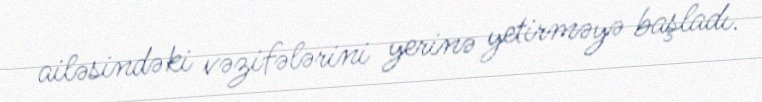
ailəsindəki vəzifələrini yerinə yetirməyə başladı.